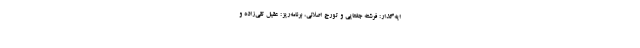
ایه‌گذار: فرشته جغتایی و تورج اصلانی، برنامه‌ریز: عقیل تقی‌زاده و